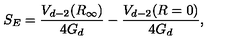
S _ { E } = \frac { V _ { d - 2 } ( R _ { \infty } ) } { 4 G _ { d } } - \frac { V _ { d - 2 } ( R = 0 ) } { 4 G _ { d } } ,